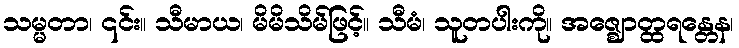
သမ္မတာ၊ ၎င်း။ သီမာယ၊ မိမိသိမ်ဖြင့်။ သီမံ၊ သူတပါးကို။ အဇ္ဈောတ္ထရန္တေန၊